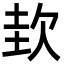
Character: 㰪